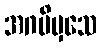
အဂမိမှသေ